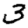
Digit: 3